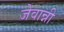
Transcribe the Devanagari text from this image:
जेवान्नी